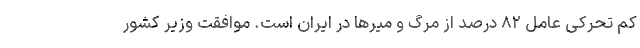
کم تحرکی عامل ۸۲ درصد از مرگ و میرها در ایران است. موافقت وزیر کشور